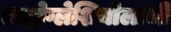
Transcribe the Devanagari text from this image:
एस्ट्रोग्लेशियोलाजी